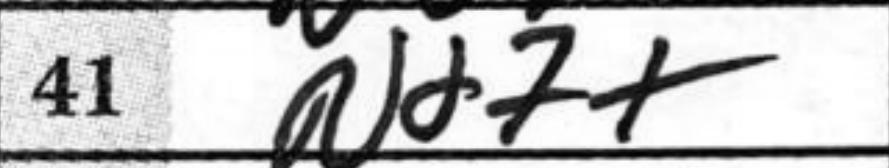
Transcription: Nd7+